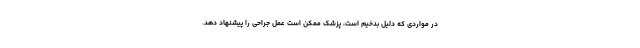
در مواردی که دلیل بدخیم است، پزشک ممکن است عمل جراحی را پیشنهاد دهد.